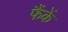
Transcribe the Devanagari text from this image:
फैंकें